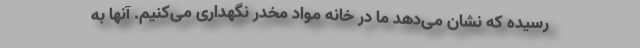
رسیده که نشان می‌دهد ما در خانه مواد مخدر نگهداری می‌کنیم. آنها به